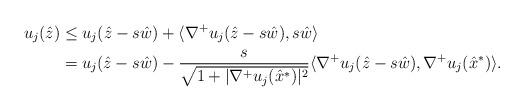
LaTeX: \begin{align*}u_j(\hat{z}) &\leq u_j(\hat{z}-s\hat{w})+\langle\nabla^+u_j(\hat{z}-s\hat{w}), s\hat{w}\rangle \\&=u_j(\hat{z}-s\hat{w})-\frac{s}{\sqrt{1+|\nabla^+u_j(\hat{x}^*)|^2}} \langle\nabla^+u_j(\hat{z}-s\hat{w}), \nabla^+u_j(\hat{x}^*) \rangle.\end{align*}